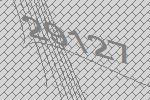
29127